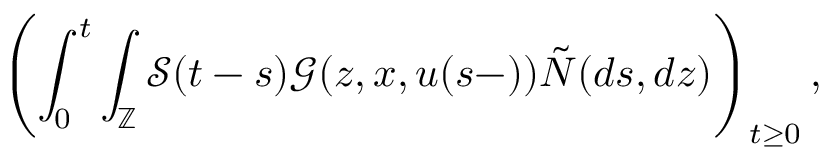
\displaystyle \left( \int _ { 0 } ^ { t } \int _ { \mathbb { Z } } \mathcal { S } ( t - s ) \mathcal { G } ( z , x , u ( s - ) ) \tilde { N } ( d s , d z ) \right) _ { t \geq 0 } ,